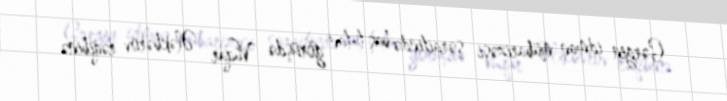
Gərgin idman mübarizəsi şəraitində baş tutan görüşdə Vüqar Ələkbərov rəqibinə